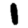
Digit: 1